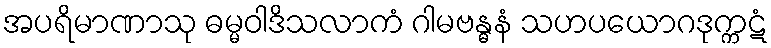
အပရိမာဏာသု ဓမ္မဝါဒိသလာကံ ဂါမဗန္ဓနံ သဟပယောဂဒုက္ကဋံ